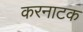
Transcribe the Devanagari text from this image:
करनाटक